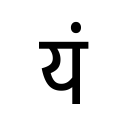
OCR:
यं